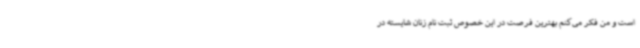
است و من فکر می‌کنم بهترین فرصت در این خصوص ثبت نام زنان شایسته در